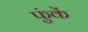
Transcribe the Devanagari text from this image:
फुंकें